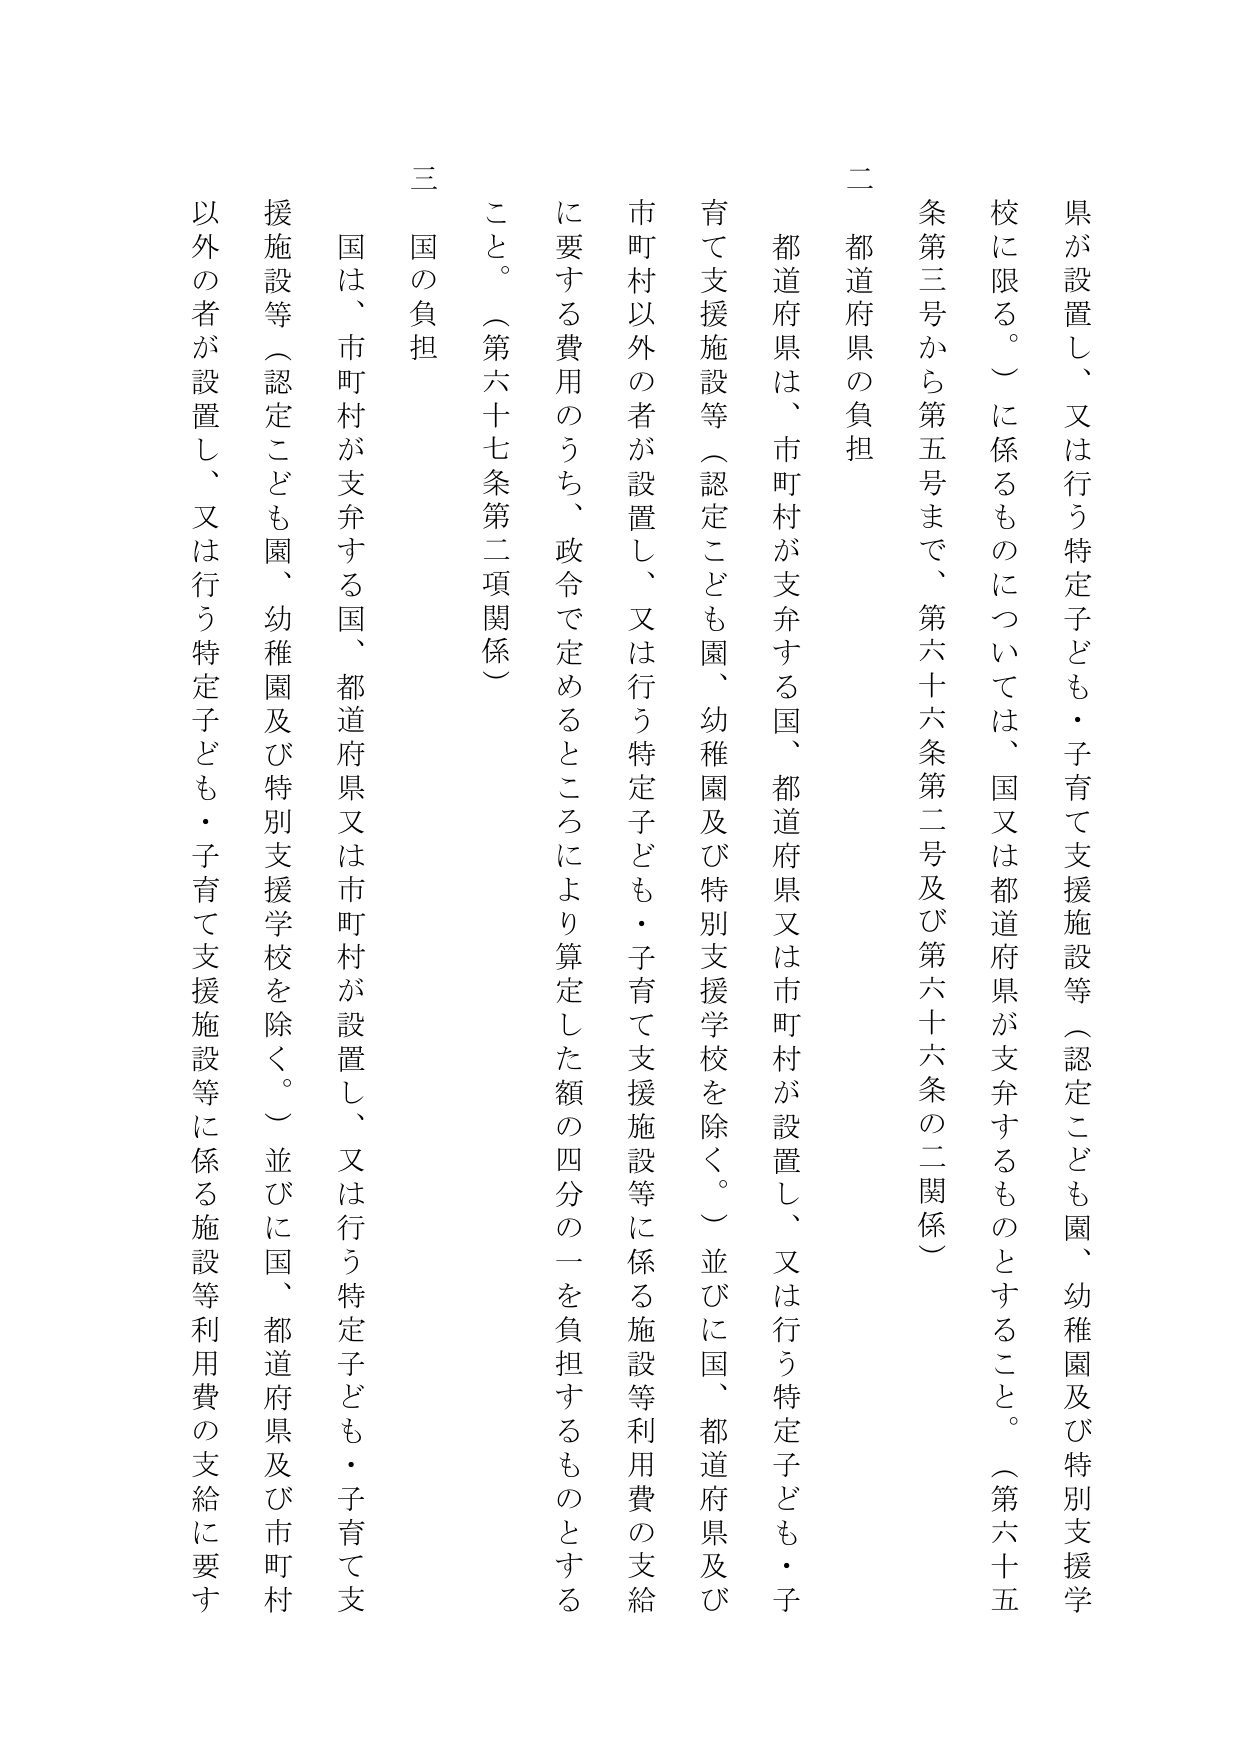
県が設置し、又は行う特定子ども・子育て支援施設等（認定こども園、幼稚園及び特別支援学校に限る。）に係るものについては、国又は都道府県が支弁するものとすること。（第六十五条第三号から第五号まで、第六十六条第二号及び第六十六条の二関係）

二 都道府県の負担

都道府県は、市町村が支弁する国、都道府県又は市町村が設置し、又は行う特定子ども・子育て支援施設等（認定こども園、幼稚園及び特別支援学校を除く。）並びに国、都道府県及び市町村以外の者が設置し、又は行う特定子ども・子育て支援施設等に係る施設等利用費の支給に要する費用のうち、政令で定めるところにより算定した額の四分の一を負担するものとすること。（第六十七条第二項関係）

三 国の負担

国は、市町村が支弁する国、都道府県又は市町村が設置し、又は行う特定子ども・子育て支援施設等（認定こども園、幼稚園及び特別支援学校を除く。）並びに国、都道府県及び市町村以外の者が設置し、又は行う特定子ども・子育て支援施設等に係る施設等利用費の支給に要す